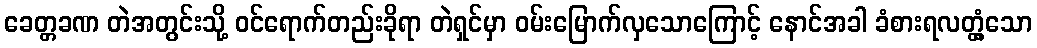
ခေတ္တခဏ တဲအတွင်းသို့ ဝင်ရောက်တည်းခိုရာ တဲရှင်မှာ ဝမ်းမြောက်လှသောကြောင့် နောင်အခါ ခံစားရလတ္တံ့သော